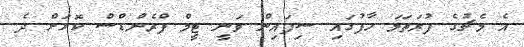
އެ މެޗުގެ ފުރަތަމަ ހާފުގައި ސިފައިން ވަނީ ޓީމް ފްރެންޑްސް ކޮޅަށް ދެ